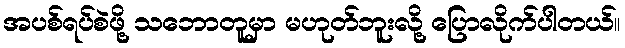
အပစ်ရပ်စဲဖို့ သဘောတူမှာ မဟုတ်ဘူးလို့ ပြောလိုက်ပါတယ်။